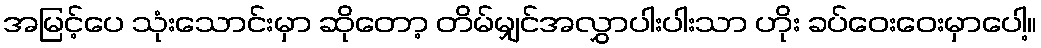
အမြင့်ပေ သုံးသောင်းမှာ ဆိုတော့ တိမ်မျှင်အလွှာပါးပါးသာ ဟိုး ခပ်ဝေးဝေးမှာပေါ့။